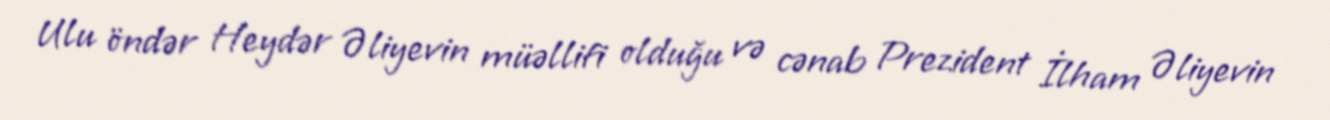
Ulu öndər Heydər Əliyevin müəllifi olduğu və cənab Prezident İlham Əliyevin